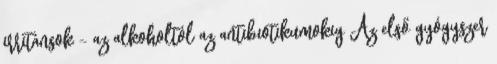
irritánsok – az alkoholtól az antibiotikumokig Az első gyógyszer